Report on sanitation, dispensaries, and jails in Rajputana for 1917, and on vaccination for the year 1917-1918 - 1917-1918
Year: 1917
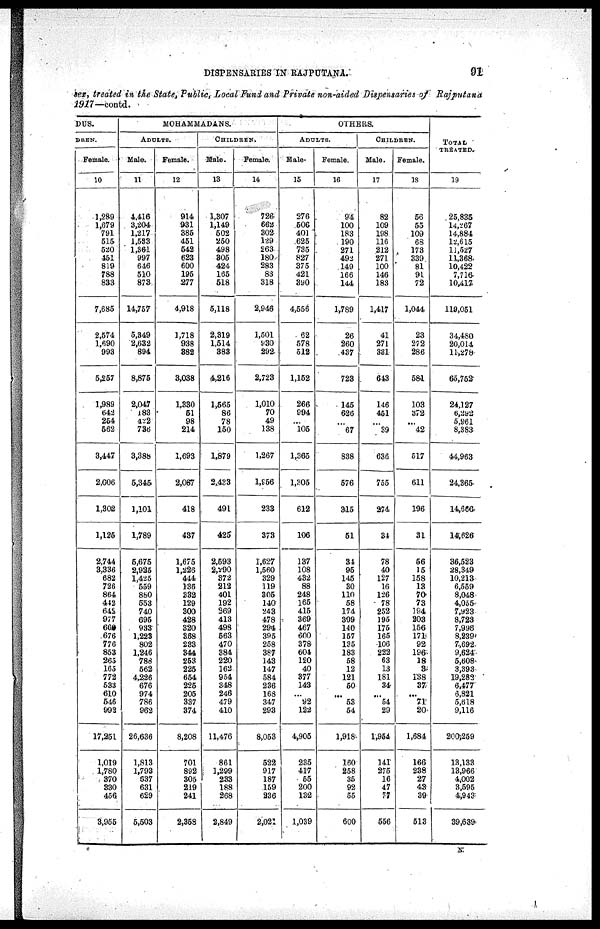
DISPENSARIES IN RAJPUTANA.
91
sex, treated in the State, Public, Local Fund and Private non-aided Dispensaries of Rajputana
1917—contd.
DUS.
DREN.
Female.
10
1,289
1,679
791
515
520
451
819
788
833
7,685
2,574
1,690
993
5,257
1,989
642
254
562
3,447
2,006
1,302
1,125
2,744
3,336
682
726
864
442
642
977
660
676
776
853
265
165
772
533
610
546
993
17,251
1,019
1,780
370
330
456
3,955
MOHAMMADANS.
ADULTS.
Male.
11
4,416
3,204
1,217
1,533
1,361
997
646
510
873
14,757
5,349
2,632
894
8,875
2,047
183
422
736
3,388
5,345
1,101
1,789
5,675
2,925
1,425
559
880
553
740
695
933
1,223
802
1,246
788
662
4,226
676
974
786
962
26,636
1,813
1,793
637
631
629
5,503
Female.
12
914
931
385
451
542
623
600
196
277
4,918
1,718
938
882
3,038
1,330
51
98
214
1,693
2,067
418
437
1,675
1,226
444
136
332
129
300
428
320
368
283
344
253
226
654
225
205
337
374
8,208
701
892
305
219
241
2,368
CHILDREN.
Male.
13
1,307
1,149
602
250
498
305
424
165
518
5,118
2,319
1,514
383
4,216
1,565
86
78
150
1,879
2,433
491
425
2,593
2,290
372
212
401
192
269
413
498
563
470
384
220
162
954
348
246
479
410
11,476
861
1,299
233
188
268
2,849
Female.
14
726
662
302
129
263
180
283
83
318
2,946
1,601
930
292
2,723
1,010
70
49
138
1,267
1,956
233
373
1,627
1,560
329
119
305
140
243
478
294
395
258
387
143
147
584
236
163
347
293
8,053
522
917
187
159
236
2,021
OTHERS.
ADULTS.
Male.
15
276
506
401
625
735
827
375
421
390
4,556
62
578
512
1,152
266
994
...
105
1,365
1,305
612
106
137
108
432
88
248
165
415
369
467
600
378
604
120
40
377
143
...
92
122
4,905
235
417
55
200
132
1,039
Female.
16
94
100
183
190
271
492
149
166
144
1,789
26
260
437
728
145
626
...
67
838
576
315
51
34
95
145
30
110
58
174
309
140
157
195
183
58
12
121
50
...
53
54
1,918
160
258
35
92
55
600
CHILDREN.
Male.
17
82
109
198
116
212
271
100
146
183
1,417
41
271
331
643
146
451
...
39
636
755
274
34
78
40
127
16
126
78
252
195
175
165
106
222
63
13
181
34
...
54
29
1,954
141
275
16
47
77
556
Female.
18
56
65
109
68
173
339
81
91
72
1,044
23
252
286
581
103
372
...
42
517
611
196
31
56
15
158
13
70
73
194
203
156
171
92
196
18
3
138
37
...
71
20
1,684
166
238
27
43
39
513
TOTAL
TREATED.
19
25,835
14,267
14,884
12,615
11,527
11,368
10,422
7,716
10,417
119,051
34,480
20,014
11,278
65,762
24,127
6,292
5,961
8,383
44,963
24,365
14,666
14,626
36,523
28,349
10,213
6,559
8,048
4,055
7,923
8,723
7,998
8,239
7,692
9,624
5,608
3,393
19,282
6,477
6,821
5,618
9,116
200,259
13,133
13,966
4,002
3,595
4,943
39,639
N